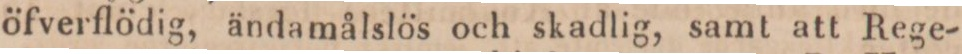
öfverflödig, ändamålslös och skadlig, samt att Rege-